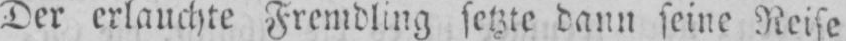
Der erlauchte Fremdling setzte dann seine Reise